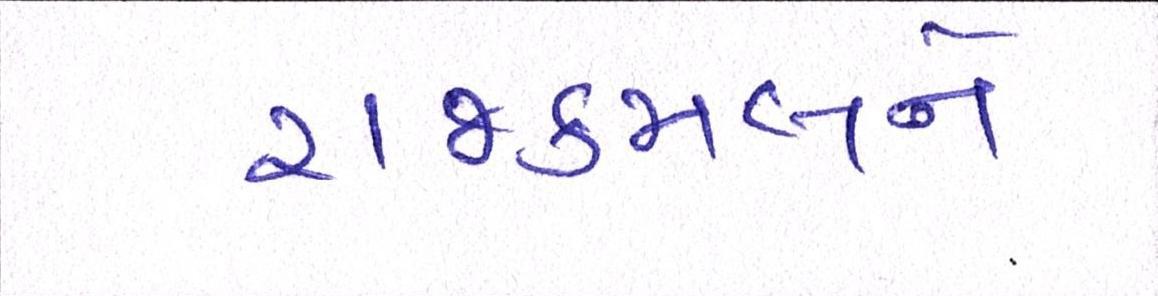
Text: રાજકમલને